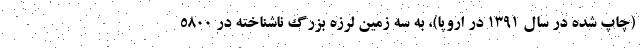
(چاپ شده در سال ۱۳۹۱ در اروپا)، به سه زمین لرزه بزرگ ناشناخته در ۵۸۰۰